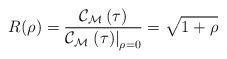
LaTeX: \begin{align*}R_{}^{}(\rho)\overset{}{=}\frac{\mathcal{C}_{\mathcal{M}}\left( \tau\right) }{\mathcal{C}_{\mathcal{M}}\left. \left( \tau\right) \right\vert _{\rho=0}}=\sqrt{1+\rho} \end{align*}